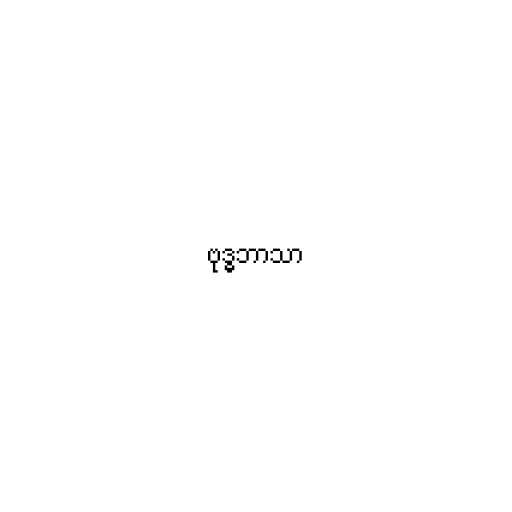
ဗုဒ္ဓဘာသာ